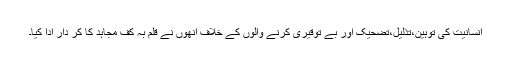
انسانیت کی توہین،تذلیل،تضحیک اور بے توقیری کرنے والوں کے خلاف انھوں نے قلم بہ کف مجاہد کا کر دار ادا کیا۔